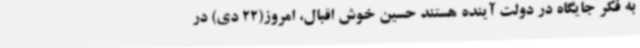
به فکر جایگاه در دولت آینده هستند حسین خوش اقبال، امروز(22 دی) در